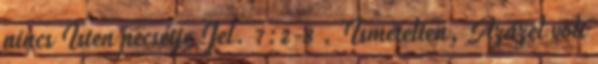
nincs Isten pecsétje Jel. 7:2-8 . Ismételten, Azázel volt